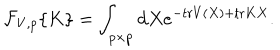
LaTeX: { \cal F } _ { V , p } \{ K \} = \int _ { p \times p } \mathrm { d } X e ^ { - \mathrm { t r } V ( X ) + \mathrm { t r } K X } .